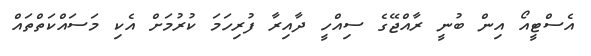
އެސްޓީއޯ އިން ބުނީ ރާއްޖޭގެ ސިއްހީ ދާއިރާ ފުރިހަމަ ކުރުމަށް އެކި މަސައްކަތްތައް